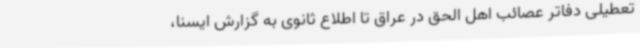
تعطیلی دفاتر عصائب اهل الحق در عراق تا اطلاع ثانوی به گزارش ایسنا،